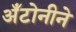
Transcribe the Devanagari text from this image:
अँटोनीने